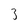
Character: 3